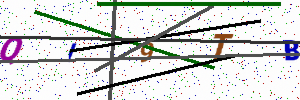
Text: QI9TB